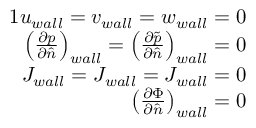
\begin{array} { r } { { 1 } u _ { w a l l } = v _ { w a l l } = w _ { w a l l } = 0 } \\ { \left( \frac { \partial p } { \partial \hat { n } } \right) _ { w a l l } = \left( \frac { \partial \tilde { p } } { \partial \hat { n } } \right) _ { w a l l } = 0 } \\ { J _ { w a l l } = J _ { w a l l } = J _ { w a l l } = 0 } \\ { \left( \frac { \partial \Phi } { \partial \hat { n } } \right) _ { w a l l } = 0 } \end{array}